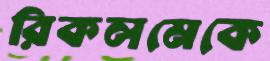
রিকলমেকে